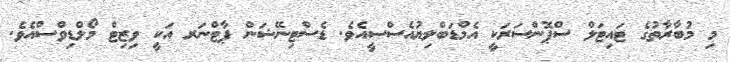
މި މުބާރާތުގެ ޓައިޓަލް ސްޕޮންސަރަކީ އެމްޑަބްލިޔުއެސްސީއެވެ. ޑެސްޓިނޭޝަން ޕާޓްނަރ އަކީ ވިޒިޓް މޯލްޑިވްސްއެވެ.